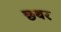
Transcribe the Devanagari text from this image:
छथर